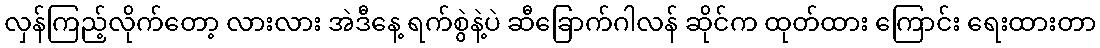
လှန်ကြည့်လိုက်တော့ လားလား အဲဒီနေ့ ရက်စွဲနဲ့ပဲ ဆီခြောက်ဂါလန် ဆိုင်က ထုတ်ထား ကြောင်း ရေးထားတာ